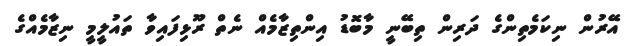
އޭރުން ނިކަމެތިންގެ ދަރިން ތިބޭނީ މާބޮޑު އިންތިޒާމެއް ނެތް ރޫޅިފައިވާ ތައުލީމީ ނިޒާމެއްގެ